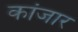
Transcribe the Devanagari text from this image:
कांजार